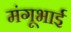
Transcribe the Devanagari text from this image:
मंगूभाई